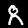
Digit: 8